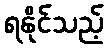
ရနိုင်သည့်